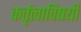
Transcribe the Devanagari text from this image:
कर्तृत्वाविषयी